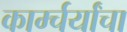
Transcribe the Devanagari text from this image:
कार्म्चर्यांचा